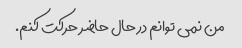
من نمی توانم در حال حاضر حرکت کنم.